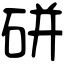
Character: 硑